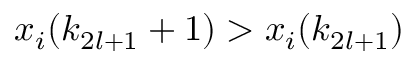
x _ { i } ( k _ { 2 l + 1 } + 1 ) > x _ { i } ( k _ { 2 l + 1 } )